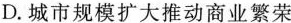
D. 城市规模扩大推动商业繁荣